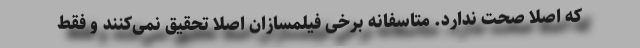
که اصلا صحت ندارد. متاسفانه برخی فیلمسازان اصلا تحقیق نمی‌کنند و فقط